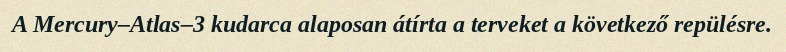
A Mercury–Atlas–3 kudarca alaposan átírta a terveket a következő repülésre.